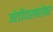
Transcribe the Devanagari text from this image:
जोडीदारबरोबर